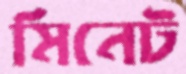
মিনেট